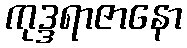
ကုဒ္ဒရာဇာနော